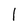
Character: 1